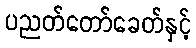
ပညတ်တော်ခေတ်နှင့်